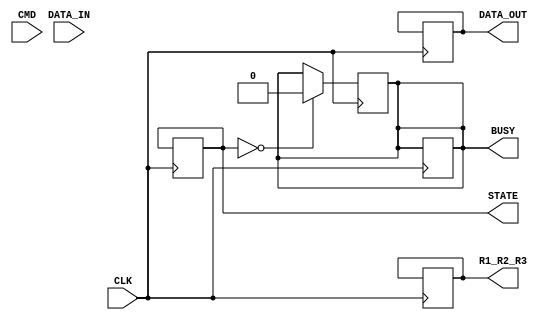
module eMMC_IO_Block #(
    parameter DATA_WIDTH = 8, // Data width (1, 4, or 8 bits)
    parameter CLK_DIV = 4      // Clock division factor
)(
    input wire CMD,                     // Command input from host
    input wire CLK,                     // Clock input
    input wire [DATA_WIDTH-1:0] DATA_IN, // Data input lines
    output reg [DATA_WIDTH-1:0] DATA_OUT, // Data output lines
    output reg [3:0] R1_R2_R3,         // Response signals
    output reg BUSY,                    // Busy status signal
    output reg [1:0] STATE              // Current state
);

    // State encoding
    localparam IDLE      = 2'b00;
    localparam READ      = 2'b01;
    localparam WRITE     = 2'b10;
    localparam PROGRAM   = 2'b11;

    // Internal signals
    reg [DATA_WIDTH-1:0] data_buffer; // Buffer for data transfer
    reg [3:0] command;                 // Command register
    reg [3:0] response;                // Response register
    reg clk_divider;                   // Clock divider for timing control

    // Clock division for timing control
    always @(posedge CLK) begin
        clk_divider <= clk_divider + 1;
        if (clk_divider == CLK_DIV) begin
            clk_divider <= 0;
            // State machine operation
            case (STATE)
                IDLE: begin
                    if (CMD) begin
                        // Decode command and transition to appropriate state
                        command <= DATA_IN[3:0]; // Example command decoding
                        case (command)
                            4'b0001: STATE <= READ;
                            4'b0010: STATE <= WRITE;
                            // Add more command cases as needed
                            default: STATE <= IDLE;
                        endcase
                        BUSY <= 1'b1; // Set busy status
                    end
                end
                READ: begin
                    // Simulate data read operation
                    DATA_OUT <= data_buffer; // Output data from buffer
                    response <= 4'b0001; // Example response for read
                    R1_R2_R3 <= response;
                    STATE <= IDLE; // Transition back to idle
                end
                WRITE: begin
                    // Simulate data write operation
                    data_buffer <= DATA_IN; // Store incoming data
                    response <= 4'b0010; // Example response for write
                    R1_R2_R3 <= response;
                    STATE <= IDLE; // Transition back to idle
                end
                PROGRAM: begin
                    // Simulate programming operation
                    // Add programming logic here
                    STATE <= IDLE; // Transition back to idle
                end
                default: STATE <= IDLE; // Default to idle state
            endcase
        end
    end

    // Power management and low power modes
    always @(posedge CLK) begin
        if (STATE == IDLE) begin
            BUSY <= 1'b0; // Clear busy status in idle state
            // Implement low power mode logic if needed
        end
    end

endmodule